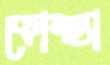
কোন্থ্যা